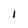
Character: l